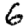
Digit: 6